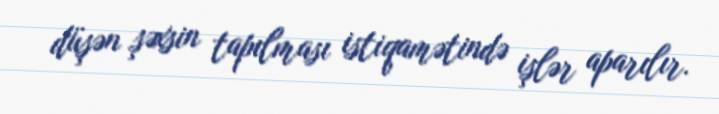
düşən şəxsin tapılması istiqamətində işlər aparılır.